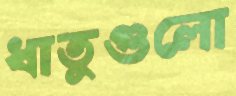
ধাতুগুলো